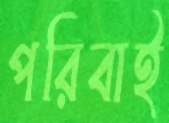
পরিবাই